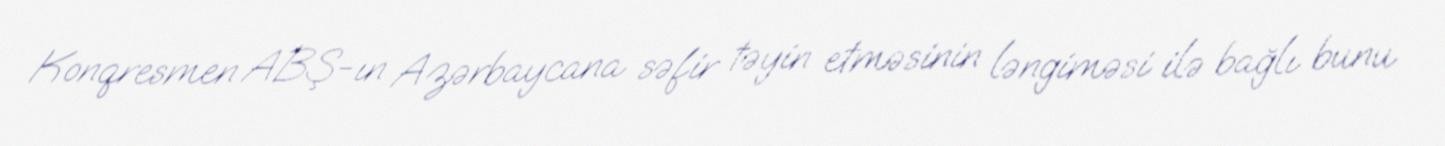
Konqresmen ABŞ-ın Azərbaycana səfir təyin etməsinin ləngiməsi ilə bağlı bunu